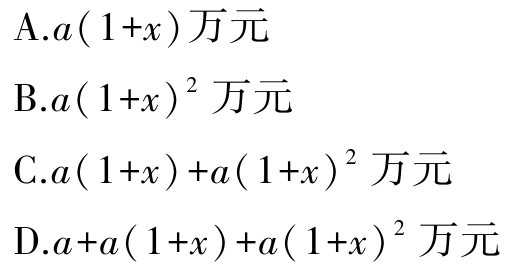
A.$a(1 + x)\text{万元}$
B.$a(1 + x)^{2}\text{万元}$
C.$a(1 + x)+a(1 + x)^{2}\text{万元}$
D.$a + a(1 + x)+a(1 + x)^{2}\text{万元}$